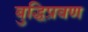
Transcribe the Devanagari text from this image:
बुद्धिप्रवण